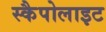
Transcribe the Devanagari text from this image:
स्कैपोलाइट